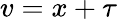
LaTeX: v=x+\tau